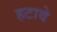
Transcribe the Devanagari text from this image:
हटावे